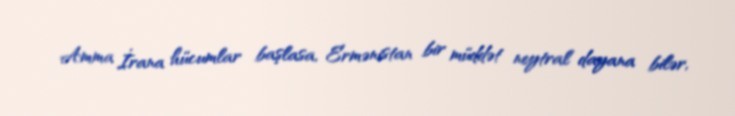
Amma İrana hücumlar başlasa, Ermənistan bir müddət neytral dayana bilər,